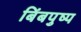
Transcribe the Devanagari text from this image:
बिंबपुष्प